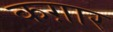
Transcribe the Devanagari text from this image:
कग़ार